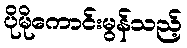
ပိုမိုကောင်းမွန်သည့်